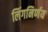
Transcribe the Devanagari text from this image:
लिंगनिर्णय